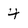
Character: 4